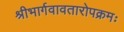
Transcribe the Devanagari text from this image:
श्रीभार्गवावतारोपक्रमः